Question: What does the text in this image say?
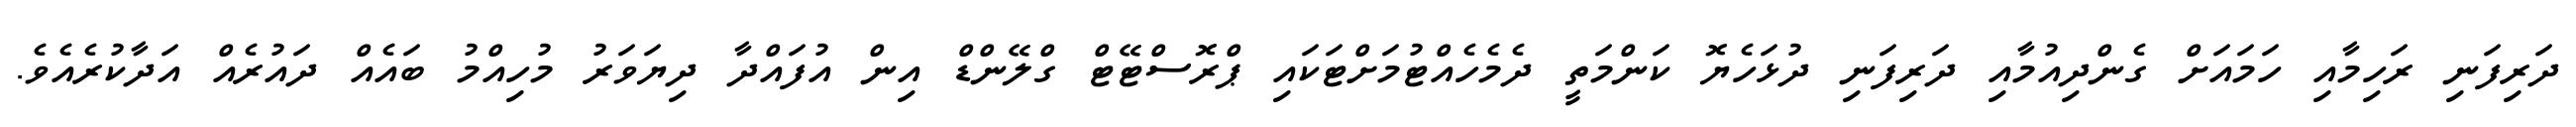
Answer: ދަރިފަނި ރަހިމާއި ހަމައަށް ގެންދިއުމާއި ދަރިފަނި ދުޅަހެޔޮ ކަންމަތީ ދެމެހެއްޓުމަށްޓަކައި ޕްރޮސްޓޭޓް ގްލޭންޑް އިން އުފައްދާ ދިޔަވަރު މުހިއްމު ބައެއް ދައުރެއް އަދާކުރެއެވެ.